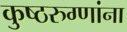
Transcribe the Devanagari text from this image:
कुष्ठरुग्णांना